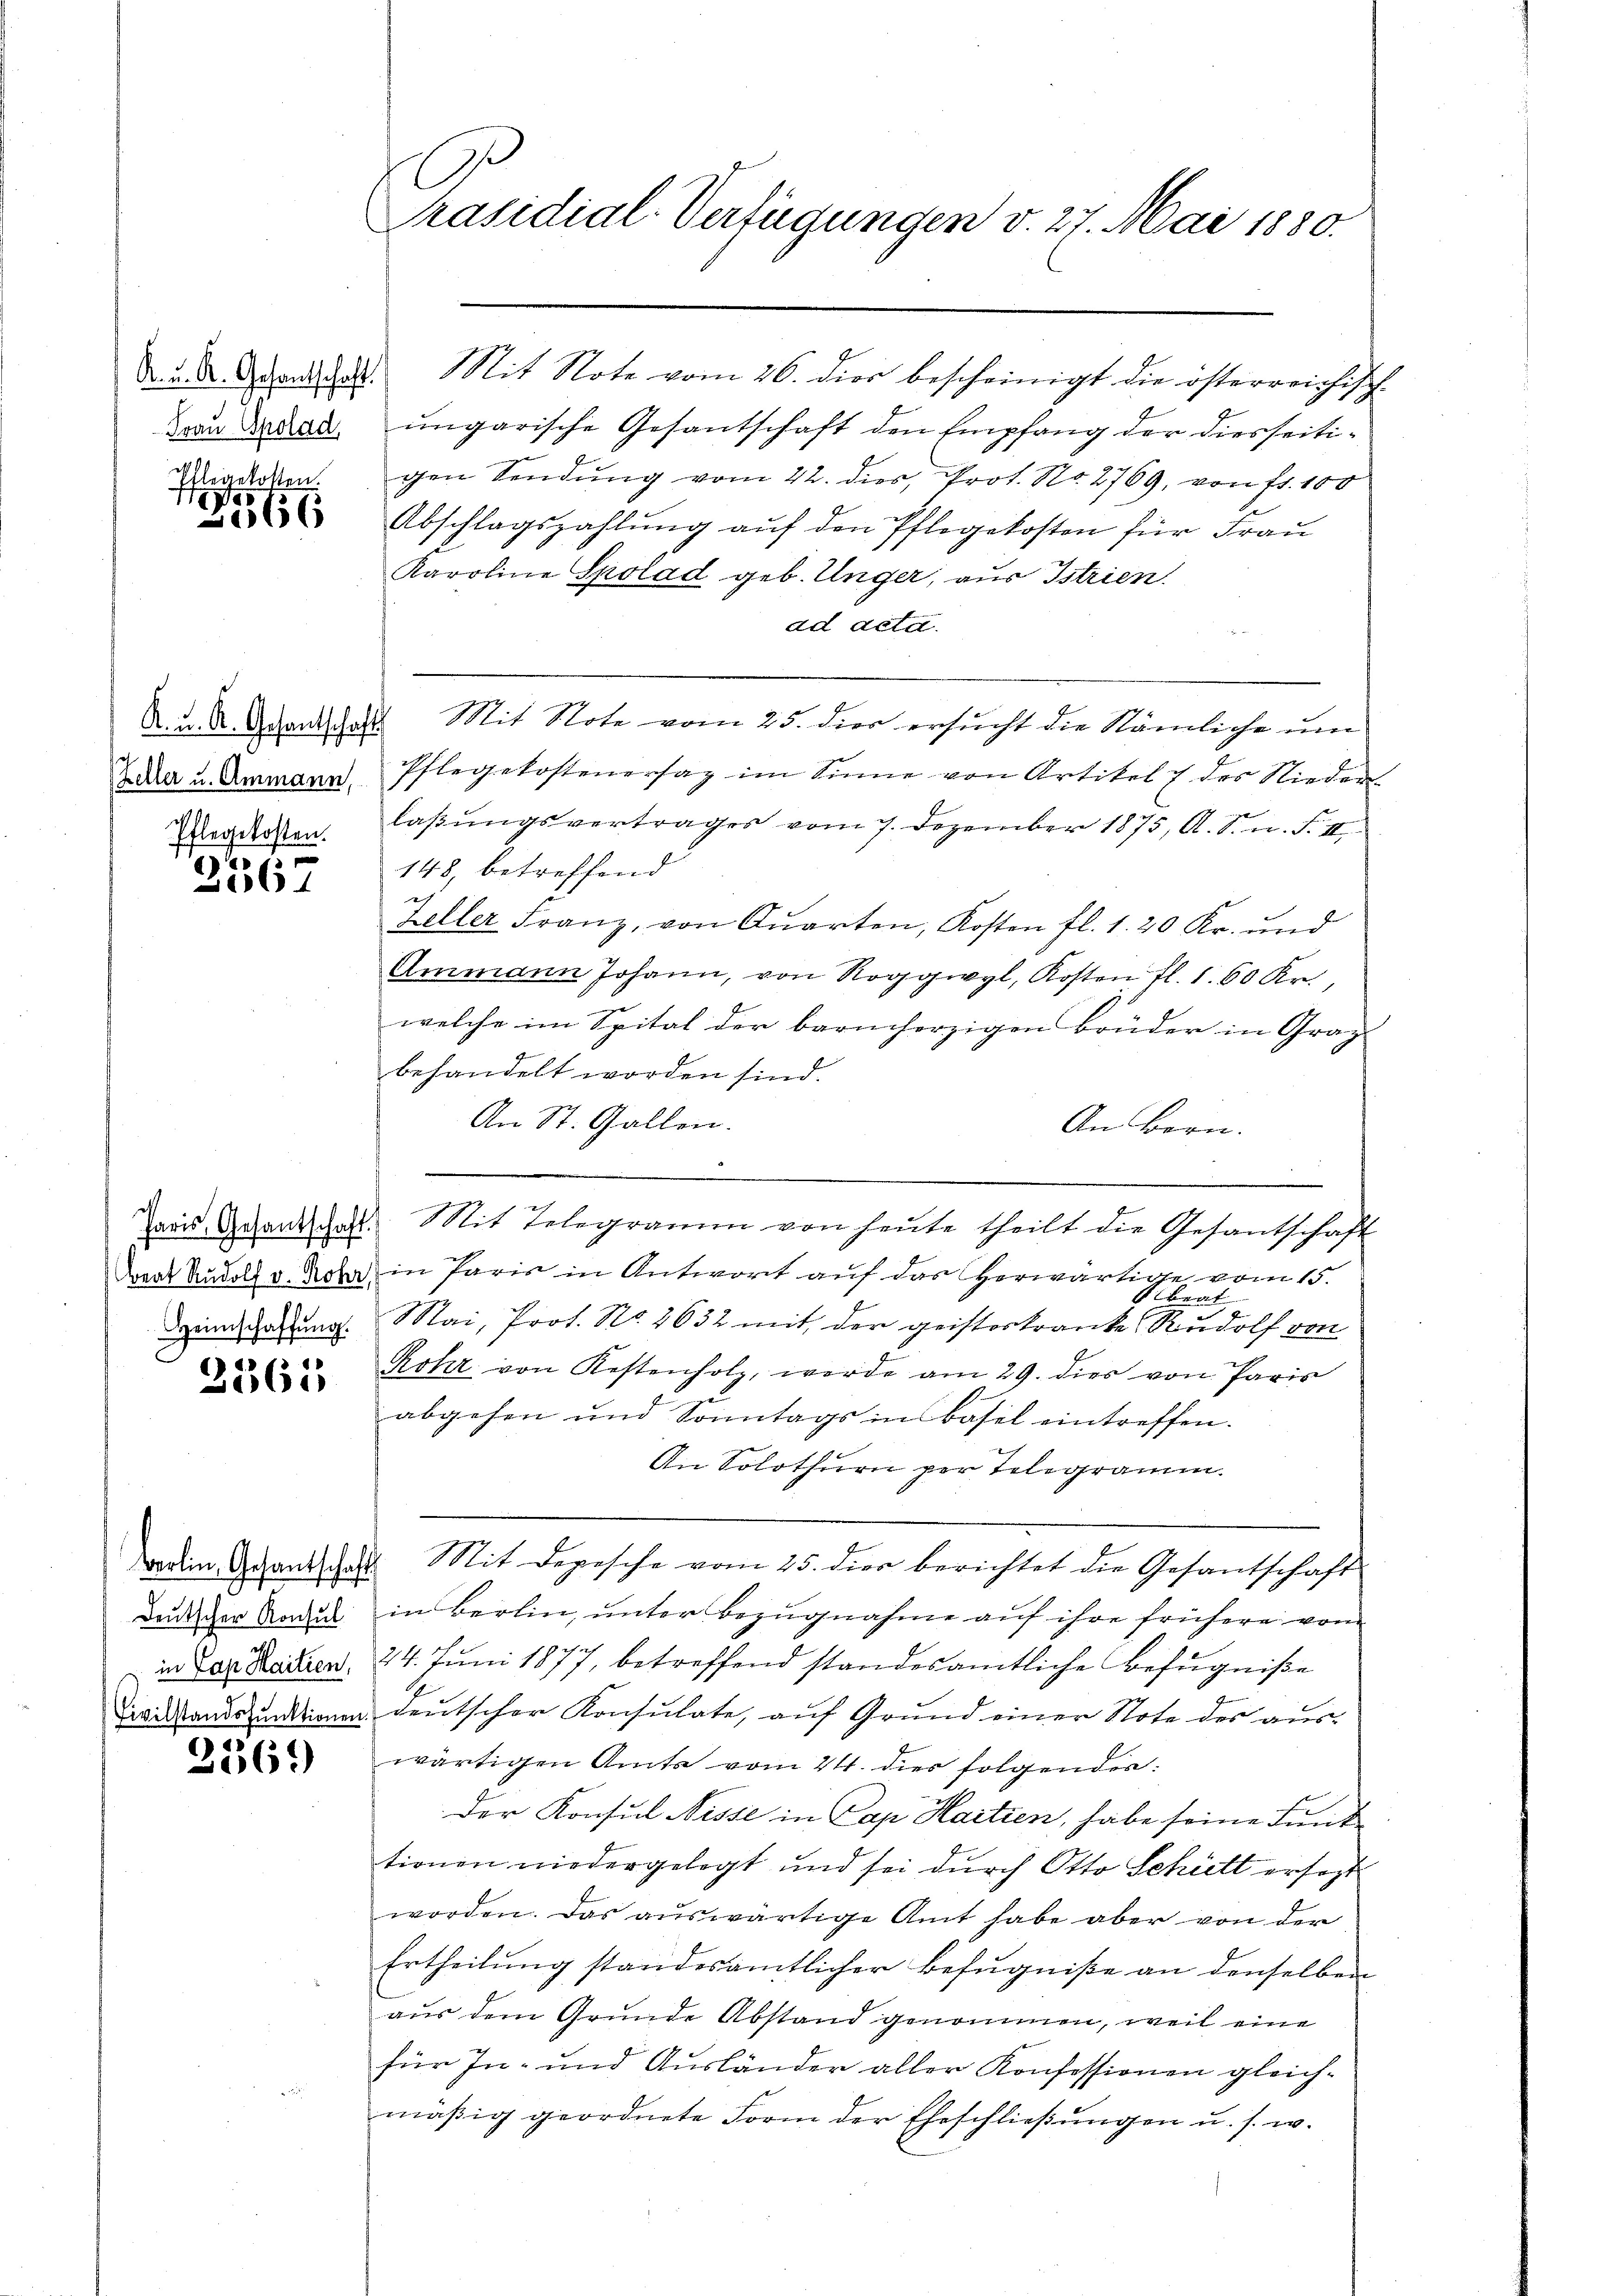
K. u. A. Gesantschaft.
Frau Spolad

legekotten.
e
2066

K. u. A. Gesantschaft
Pflegekosten.

2567

Heimschaffŭng.

3365

deutscher Konsul
in Lap Hailien,

256.)

E
Präsidial-Verfügungen v. 27. Mai 1880.

Mit Note vom 26. dies bescheinigt die österreichisch
ungarische Gesantschaft den Empfang der diesseitigen Sendung vom 22. dies, Prot. No. 2769, von fr. 100
Abschlagszahlung auf den Pflegekosten für Frau
Karoline Spolad geb. Unger, aus Istrien.
ad deta.
Mit Note vom 25. dies ersucht die Nämliche um
Zdar u. Ammann Pflegekostenersaz im Sinne von Artikel 7 des Nieder
laβŭngsvertrages vom 7. Dezember 1875, A. S. n. F. II
148, betreffend
Zeller Franz, von Quarten, Kosten fl. 1. 20 Kr. und
Ammann Johann, von Roggwyl, Kosten fl. 1. 60 Kr.,
welche im Spital der barmherzigen Brüder in Graz
behandelt worden sind.
An St. Gallen.
An Bern.
Paris Gesandschaft. Mit Telegramm von heŭte theilt die Gesantschaft
raat Rudolf v. Von in Paris in Antwort auf das herwärtige vom 15.
Sibrat
Mai, Prot. No. 2632 mit der geisteskranke Rudolf von
Rohr von Kostenholz, werde am 29. dies von Paris
abgehen und Sonntags in Basel eintreffen.
An Solothurn per Telegramm.
aodem Grandschat. Mit Depesche vom 25. dies berichtet die Gesantschaft
in Berlin, unter Bezugnahme auf ihre frühere vom
24. Juni 1877, betreffend standesamtliche Befugniße
Distandpunktionen deutscher Konsulate, auf Grund einer Note des auswärtigen Amts vom 24. dies folgender
Der Konsul Nisse in Cap Hartien, habe seine Funktionen niedergelegt und sei durch Otto Schielt ersagt
worden. Das auswärtige Amt habe aber von der
Ertheilung standesamtlicher Befugniße an denselben
aus dem Grunde Abstand genommen, weil eine
für In- und Ausländer aller Konfessionen gleich-
mäßig geordnete Form der Eheschließungen u. s. w.

n